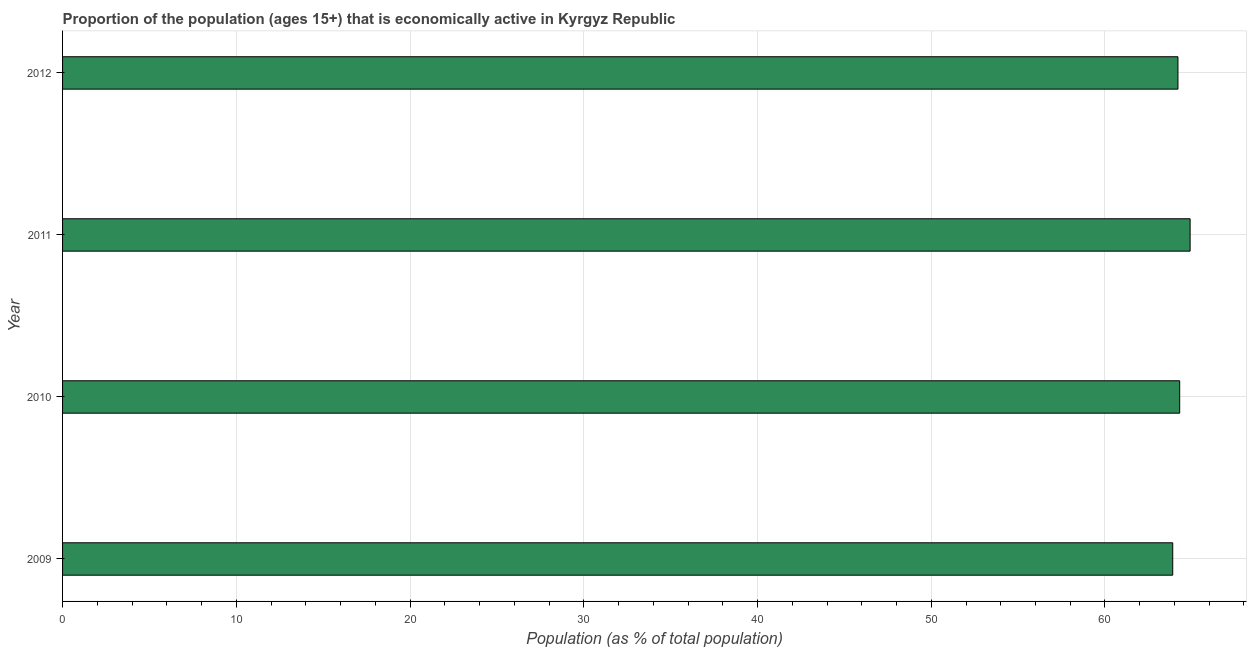
| Year | Labor force participation rate total |
 | --- | --- |
 | 2009 | 63.9 |
 | 2010 | 64.3 |
 | 2011 | 64.9 |
 | 2012 | 64.2 |